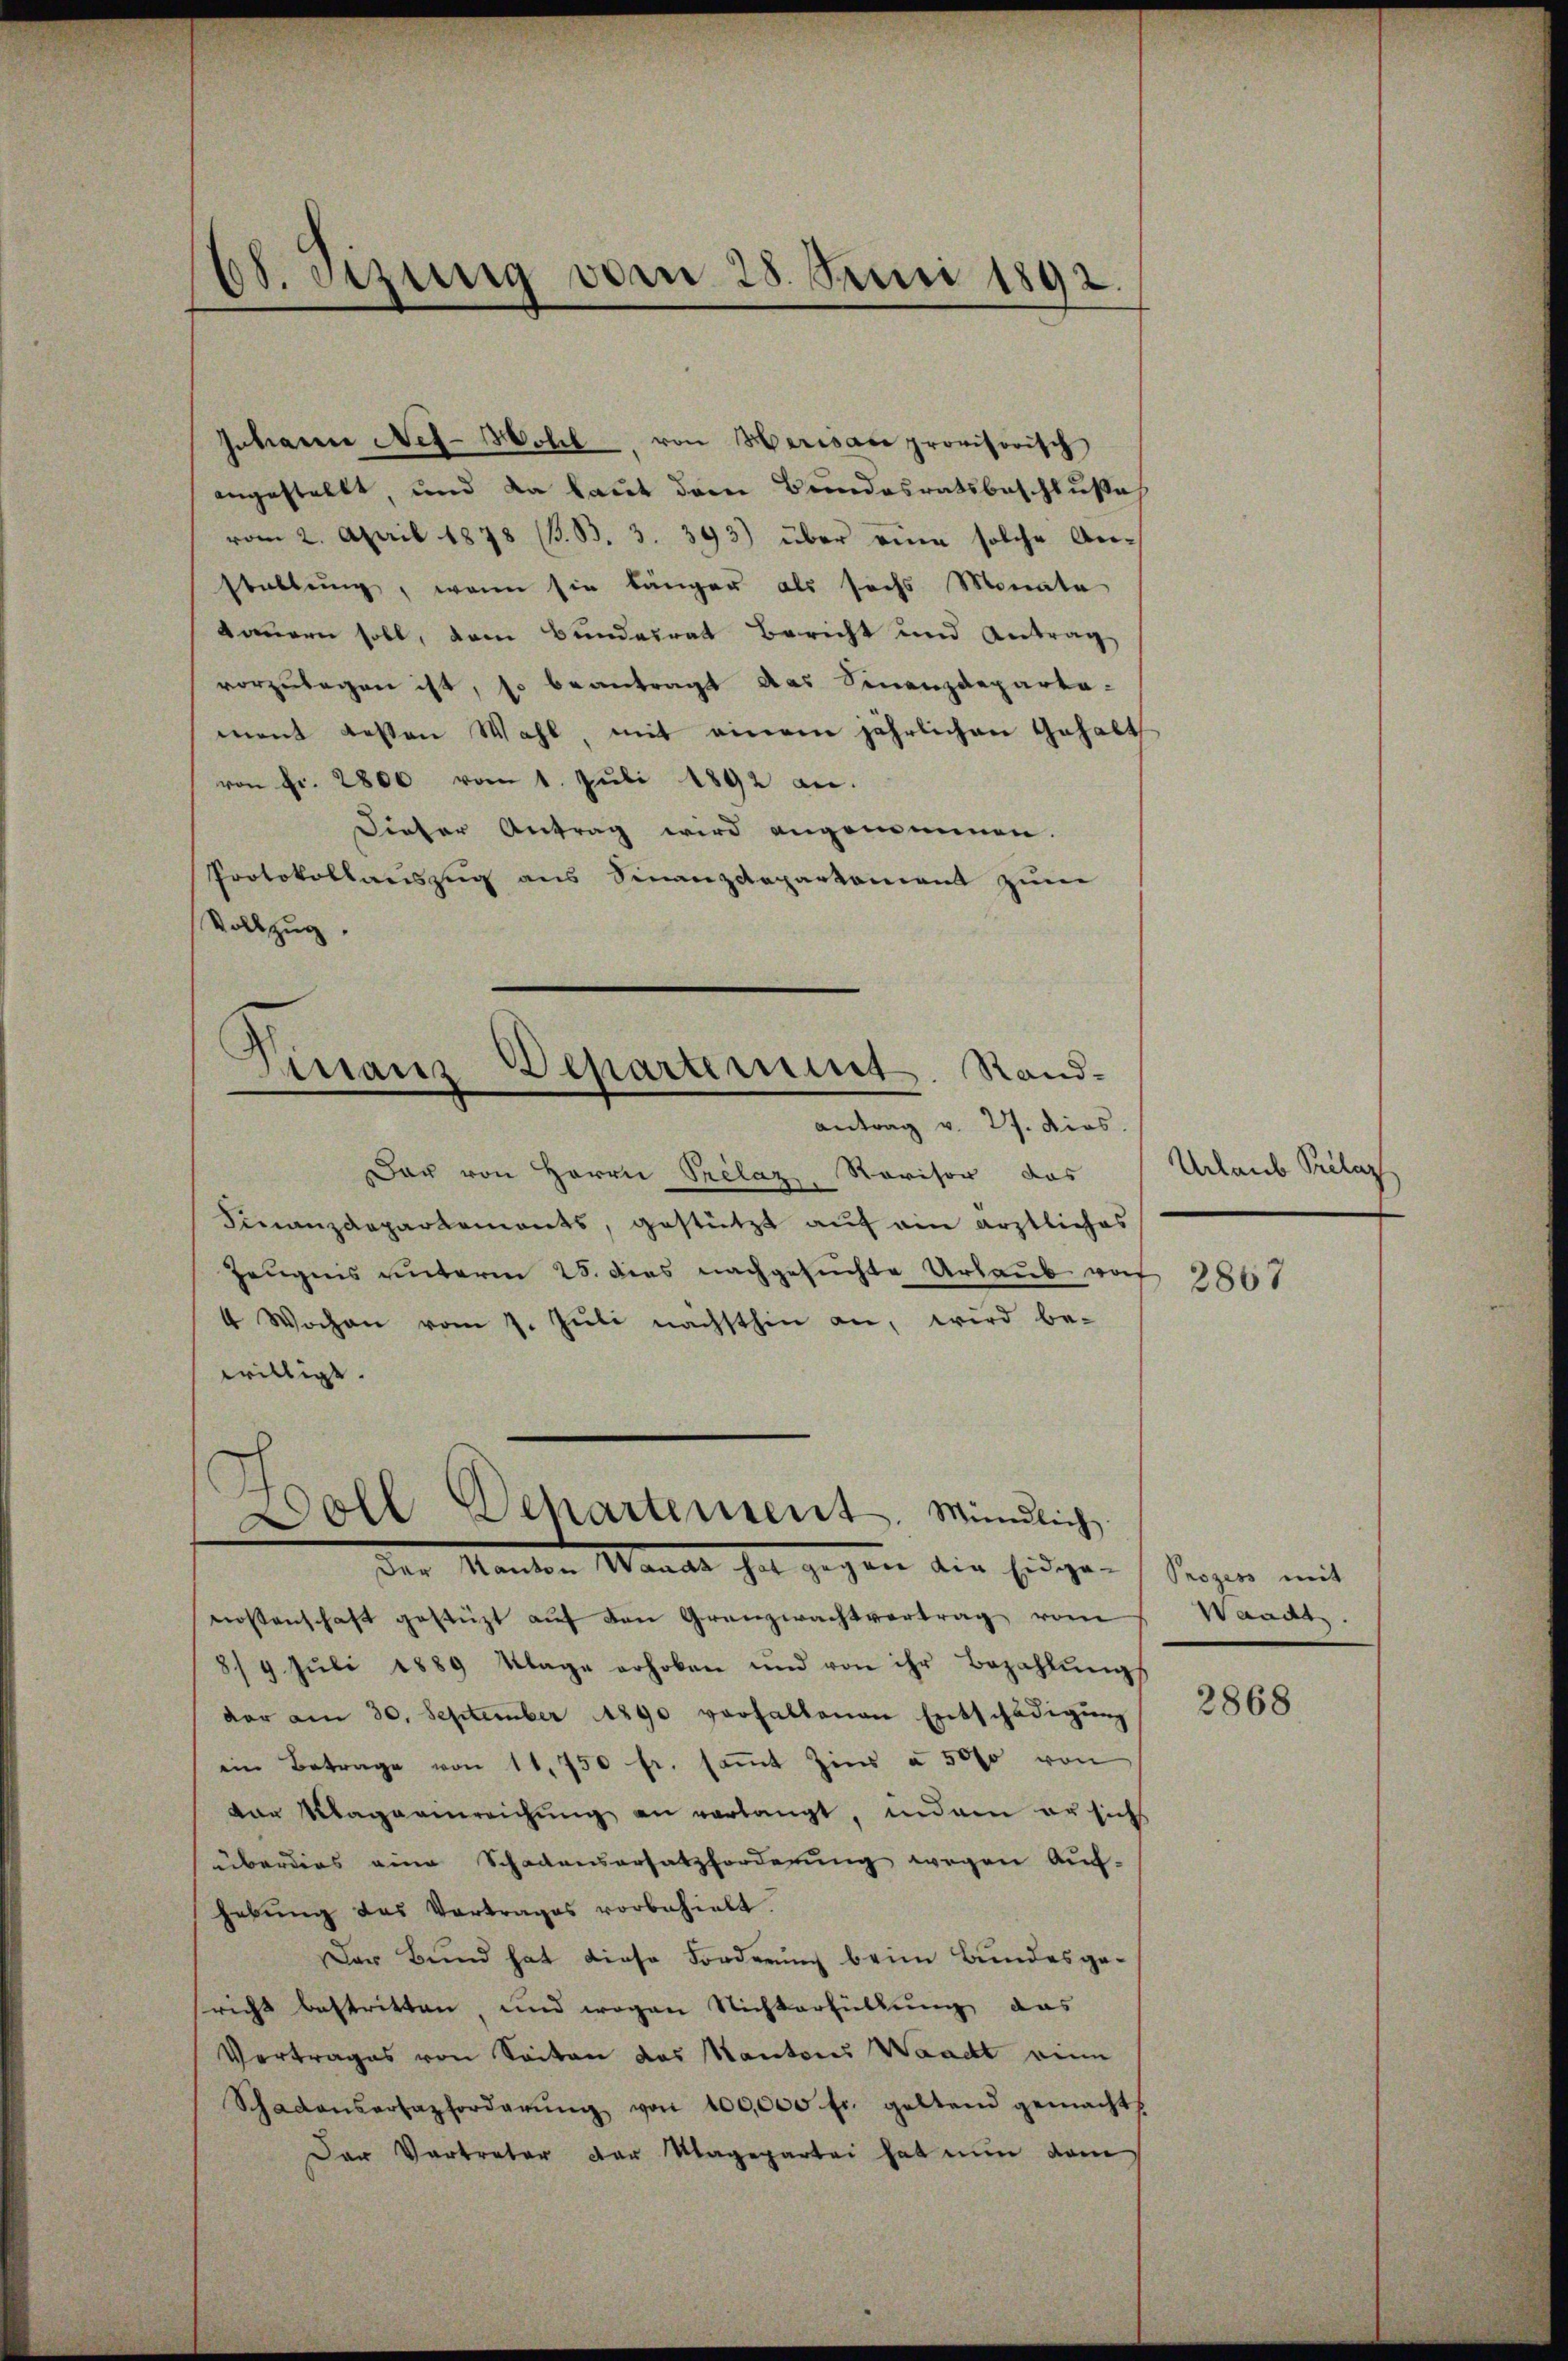
od. etzung vom 28. Juni 1892.

Johann Net-Wohl von Herisace provisorisch
angestellt, und da laut dem Bundesratsbeschluße
vom 2. April 1878 (B.B. 3. 393) über eine solche Anstaltung, wenn sie länger als sechs Monate
kommern soll, dem Bundesrat Bericht und Antrag
vorzulegen ist, so beantragt das Finanzdeparta-
ment dessen Wahl, mit einem jährlichen Gehalt
von Fr. 2800 vom 1. Juli 1892 an.
Dieser Antrag wird angenommen
Protokollauszug aus Sinanzdepartement zum
Vollzug.
antrag v. 27. dies
Das von Herrn Prelaz, Revisor das
Finanzdepartements, gestützt auf ein ärztliches
Zeugnis unterm 25. dies nachgesuchte Urlaub vor
4 Wochen vom 7. Jŭli nächsthin an, wird be-
willigt.
der Kanton Waadt hat gegen die Eidgen
nossenschaft gestüzt auf den Granzwachtvertrag vom
8/9. Jŭli 1889 Klage erhoben und von ihr Bezahlŭngs
dar am 30. September 1890 vorhaltenen Entschädigŭng
ein Betrage von 11. 750 fr. saṁt Zins à 5000 von
ar Magaamreichung an verlangt, indem er sich
überdies eine Schadensersatzforderung wegen Auf-
hebŭng das Vortrages vorbehielt.
Der Bund hat diese Forderung beim Bundesge-
sricht bestritten und wegen Nichterfüllung das
Vertrages von Seiten das Kantons Waadt eine
Schadensertazforderŭng von 100,000 fr. geltend gemacht
Der Vertreter der Magepartei hat nun dem

Finanz-Departement. Rand¬

Doll Schartensent. Mündlich

Urlaub Prclaz

2867

Prozess mit
Waadt.

2868